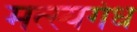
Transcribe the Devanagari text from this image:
मत्स्यगंध